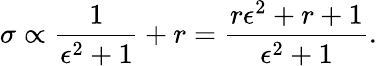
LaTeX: \sigma\propto\frac{1}{\epsilon^{2}+1}+r=\frac{r\epsilon^{2}+r+1}{\epsilon^{2}+1}.